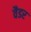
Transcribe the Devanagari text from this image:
वैडर